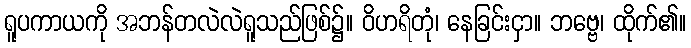
ရူပကာယကို အဘန်တလဲလဲရူသည်ဖြစ်၌။ ဝိဟရိတုံ၊ နေခြင်းငှာ။ ဘဗ္ဗေ၊ ထိုက်၏။